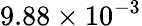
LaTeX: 9.88\times 10^{-3}